Report on lock hospitals in British Burma
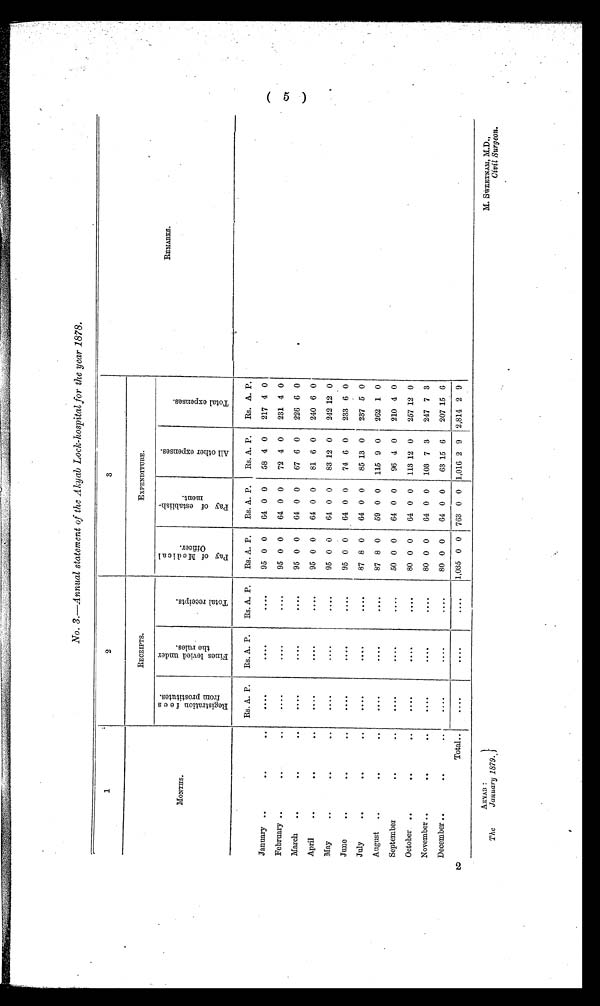
AKYAB:
The
January 1879.
M. SWEETNAM, M.D.,
Civil Surgeon.
No. 3.--Annual statement of the Akyab Lock-hospital for the year 1878.
2( 5 )
1
2
3
R E M A R K S .
MONTHS .
R E C E I P T S .
E X P E N D I T U R E .
R e s i s t r a t i o n f e e s f r o m p r o s t i t u t e s
F i n e s l e v i e d u n d e r t h e r u l e s .
T o t a l r e c e i p t s .
P a y o f M e d i c a l O f f i c e r
P a y o f e s t a b l i s h m e n t
A l l o t h e r e x p e n s e s .
T o t a l e x p e n s e s .
Rs. A. P.
Rs. A. P.
Rs. A. P.
Rs. A. P.
Rs. A. P.
Rs. A. P.
Rs. A. P.
January ..
. .
. .
. . . .
. . . .
. . . .
95 0 0
64 0 0
58 4 0
217 4 0
February ..
. .
. .
. . . .
. . . .
. . . .
95 0 0
64 0 0
72 4 0
231 4 0
March
.
. .
. .
. . . .
. . . .
. . . .
95 0 0
64 0 0
67 6 0
226 6 0
April
..
. .
. .
. . . .
. . . .
. . . .
95 0 0
64 0 0
81 6 0
240 6 0
May
. .
. .
. .
. . . .
. . . .
. . . .
95 0 0
64 0 0
83 12 0
242 12 0
June
. .
. .
. .
. . . .
. . . .
. . . .
95 0 0
64 0 0
74 6 0
233 6 0
July
. .
. .
. .
. . . .
. . . .
. . .
87 8 0
64 0 0
85 13 0
237 5 0
August
..
. .
. .
. . . .
. . . .
. . . .
87 8 0
59 0 0
115 9 0
262 1 0
September
. .
. .
. . . .
. . . .
50 0 0
64 0 0
96 4 0
210 4 0
October ..
. .
. .
. . . .
. . . .
. . . .
80 0 0
64 0 0
113 12 0
257 12 0
November ..
. .
. .
. . . .
. . . .
. . . .
80 0 0
64 0 0
103 7 3
247 7 3
December ..
. .
. .
. . . .
. . . .
. . . .
80 0 0
64 0 0
63 15 6
207 15 6
Total..
. . . .
. . . .
. . . .
1,035 0 0 763 0 0 1,016 2 9 2,814 2 9